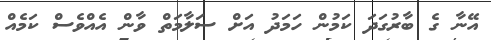
އޭނާ ގެ ބާރުގަދަ ކަމުން ހަމަދު އަށް ސަލާމަތް ވާން އެއްވެސް ކަމެއް